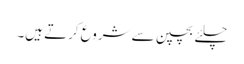
چلئے بچپن سے شروع کرتے ہیں۔